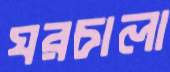
ঘরচালা